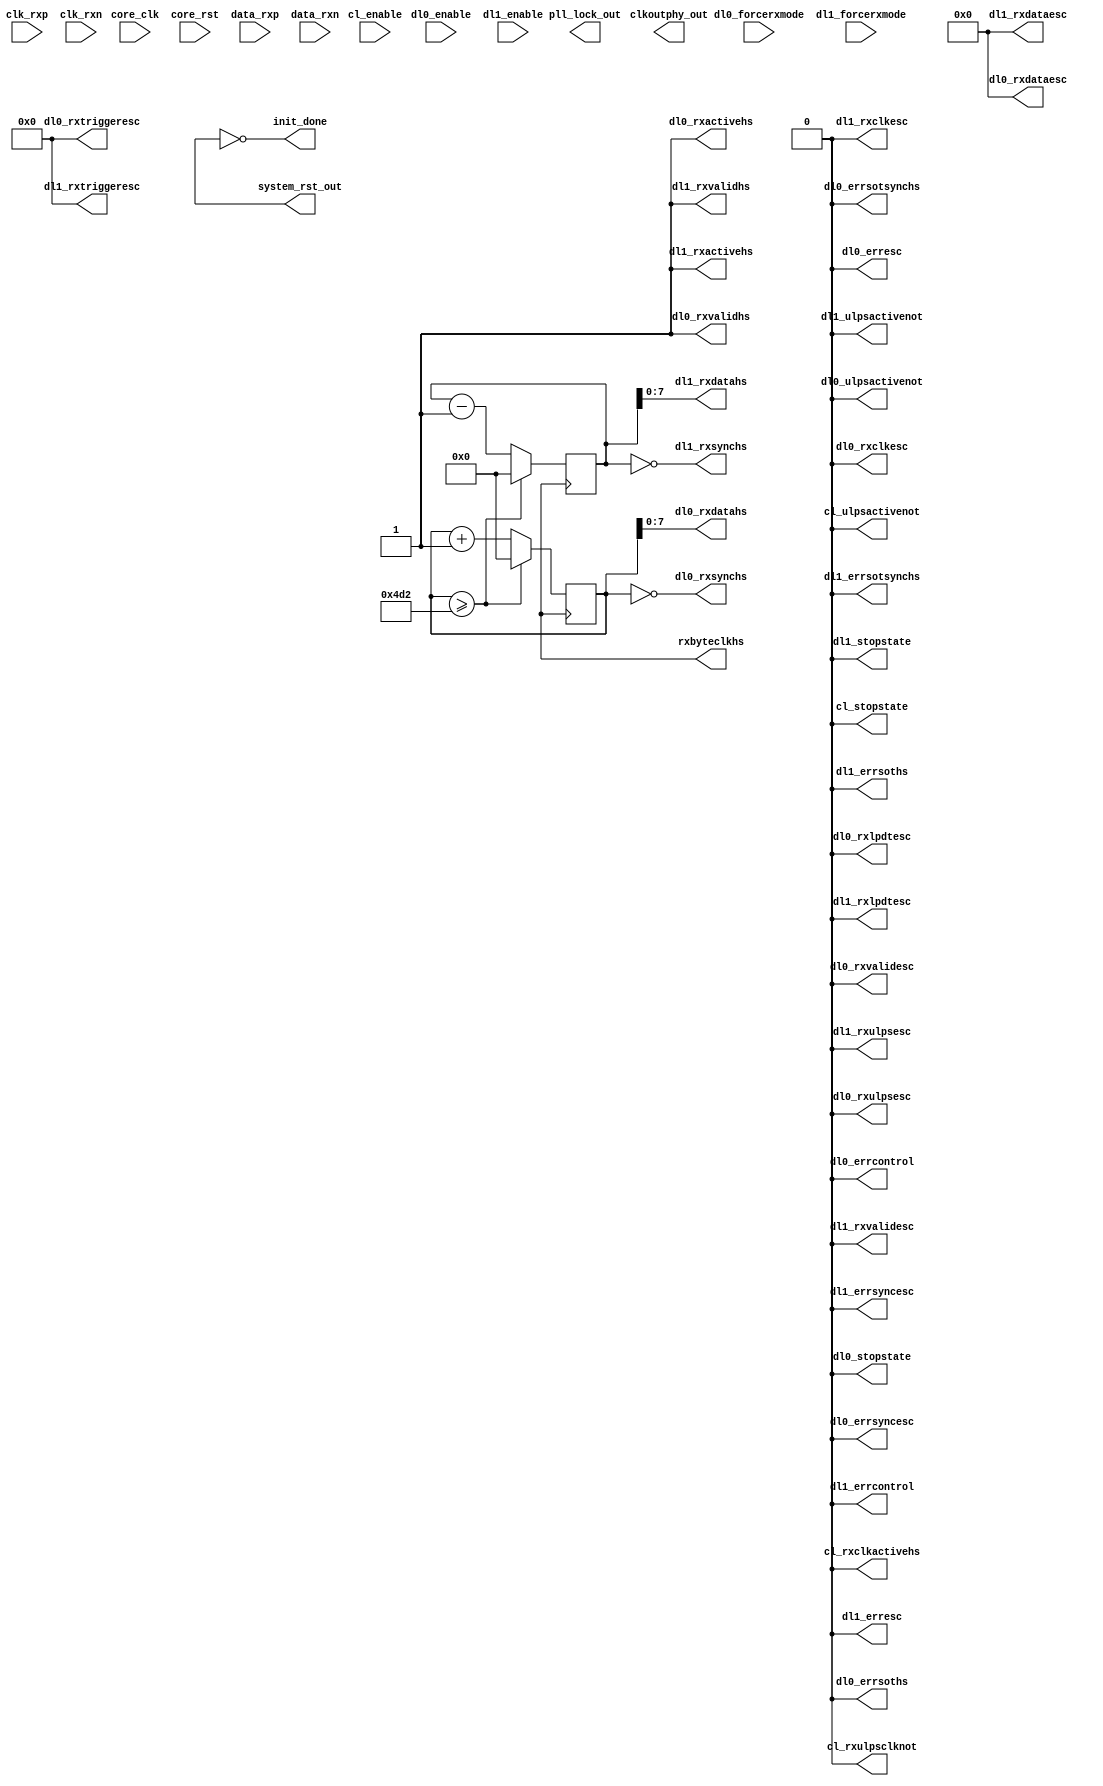
// This program was cloned from: https://github.com/ryuz/jelly
// License: MIT License

`timescale 1ns/1ps

module mipi_dphy_cam
   (
       input                core_clk,
       input                core_rst,
       output               rxbyteclkhs,


       output               clkoutphy_out,
       output               pll_lock_out,
       output               system_rst_out,
       output               init_done,

       //Clock lane PPI RX interface 
       output               cl_rxclkactivehs,
       output               cl_stopstate,
       input                cl_enable,
       output               cl_rxulpsclknot,
       output               cl_ulpsactivenot,

       //Data lane - 0 PPI RX high speed signals
       output   [7:0]       dl0_rxdatahs,
       output               dl0_rxvalidhs,
       output               dl0_rxactivehs,
       output               dl0_rxsynchs,

       //Data lane - 0 RX control siganls
       input                dl0_forcerxmode,
       output               dl0_stopstate,
       input                dl0_enable,
       output               dl0_ulpsactivenot,

       //Data lane - 0 RX escape mode signals
       output               dl0_rxclkesc,
       output               dl0_rxlpdtesc,
       output               dl0_rxulpsesc,
       output   [3:0]       dl0_rxtriggeresc,
       output   [7:0]       dl0_rxdataesc,
       output               dl0_rxvalidesc,

       //Data lane - 0 RX error signals
       output               dl0_errsoths,
       output               dl0_errsotsynchs,
       output               dl0_erresc,
       output               dl0_errsyncesc,
       output               dl0_errcontrol,

       //Data lane - 1 PPI RX high speed signals
       output   [7:0]       dl1_rxdatahs,
       output               dl1_rxvalidhs,
       output               dl1_rxactivehs,
       output               dl1_rxsynchs,

       //Data lane - 1 RX control siganls
       input                dl1_forcerxmode,
       output               dl1_stopstate,
       input                dl1_enable,
       output               dl1_ulpsactivenot,

       //Data lane - 1 RX escape mode signals
       output               dl1_rxclkesc,
       output               dl1_rxlpdtesc,
       output               dl1_rxulpsesc,
       output   [3:0]       dl1_rxtriggeresc,
       output   [7:0]       dl1_rxdataesc,
       output               dl1_rxvalidesc,

       //Data lane - 1 RX error signals
       output               dl1_errsoths,
       output               dl1_errsotsynchs,
       output               dl1_erresc,
       output               dl1_errsyncesc,
       output               dl1_errcontrol,


       //IO I/F signals for SLAVE(RX)
       input                clk_rxp,
       input                clk_rxn,
       input    [2 -1:0]    data_rxp,
       input    [2 -1:0]    data_rxn
    );
    
    //  force 
    reg     reset   /*verilator public_flat*/;
    reg     busy    /*verilator public_flat*/;
    reg     hs_clk  /*verilator public_flat*/;

    /*   
    parameter  RATE_HS = 8.768;
    
    reg     reset = 1;
    initial #100 reset = 0;
    
    reg     busy = 0;
    initial #1000 busy = 1;
    
    reg     hs_clk = 1;
    always #(RATE_HS/2.0) begin
        if ( busy ) begin
            hs_clk = ~hs_clk;
        end
    end
    */

    reg     [15:0]  reg_data0 = 0;
    reg     [15:0]  reg_data1 = 0;
    always @(posedge hs_clk) begin
        reg_data0 <= reg_data0 + 1;
        reg_data1 <= reg_data1 - 1;
        
        if ( reg_data0 >= 1234 ) begin
            reg_data0 <= 0;
            reg_data1 <= 0;
        end
    end
    
    
    
    assign rxbyteclkhs      = hs_clk;
    assign system_rst_out   = reset;
    assign init_done        = ~reset;
    
    assign cl_rxclkactivehs  = 0;
    assign cl_stopstate      = 0;
    assign cl_rxulpsclknot   = 0;
    assign cl_ulpsactivenot  = 0;
    
    assign dl0_rxdatahs      = reg_data0;
    assign dl0_rxvalidhs     = 1;
    assign dl0_rxactivehs    = 1;
    assign dl0_rxsynchs      = (reg_data0 == 0);
    
    assign dl0_stopstate     = 0;
    assign dl0_ulpsactivenot = 0;
    
    assign dl0_rxclkesc      = 0;
    assign dl0_rxlpdtesc     = 0;
    assign dl0_rxulpsesc     = 0;
    assign dl0_rxtriggeresc  = 0;
    assign dl0_rxdataesc     = 0;
    assign dl0_rxvalidesc    = 0;
    
    assign dl0_errsoths      = 0;
    assign dl0_errsotsynchs  = 0;
    assign dl0_erresc        = 0;
    assign dl0_errsyncesc    = 0;
    assign dl0_errcontrol    = 0;
    
    assign dl1_rxdatahs      = reg_data1;
    assign dl1_rxvalidhs     = 1;
    assign dl1_rxactivehs    = 1;
    assign dl1_rxsynchs      = (reg_data1 == 0);
    
    assign dl1_stopstate     = 0;
    assign dl1_ulpsactivenot = 0;
    
    assign dl1_rxclkesc = 0;
    assign dl1_rxlpdtesc = 0;
    assign dl1_rxulpsesc = 0;
    assign dl1_rxtriggeresc = 0;
    assign dl1_rxdataesc = 0;
    assign dl1_rxvalidesc = 0;

    assign dl1_errsoths = 0;
    assign dl1_errsotsynchs = 0;
    assign dl1_erresc       = 0;
    assign dl1_errsyncesc  = 0;
    assign dl1_errcontrol  = 0;
    
    
    
endmodule